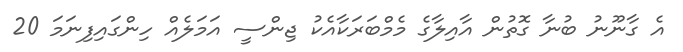
އެ ގާނޫނު ބުނާ ގޮތުން އާއިލާގެ މެމްބަރަކާއެކު ޖިންސީ އަމަލެއް ހިންގައިފިނަމަ 20